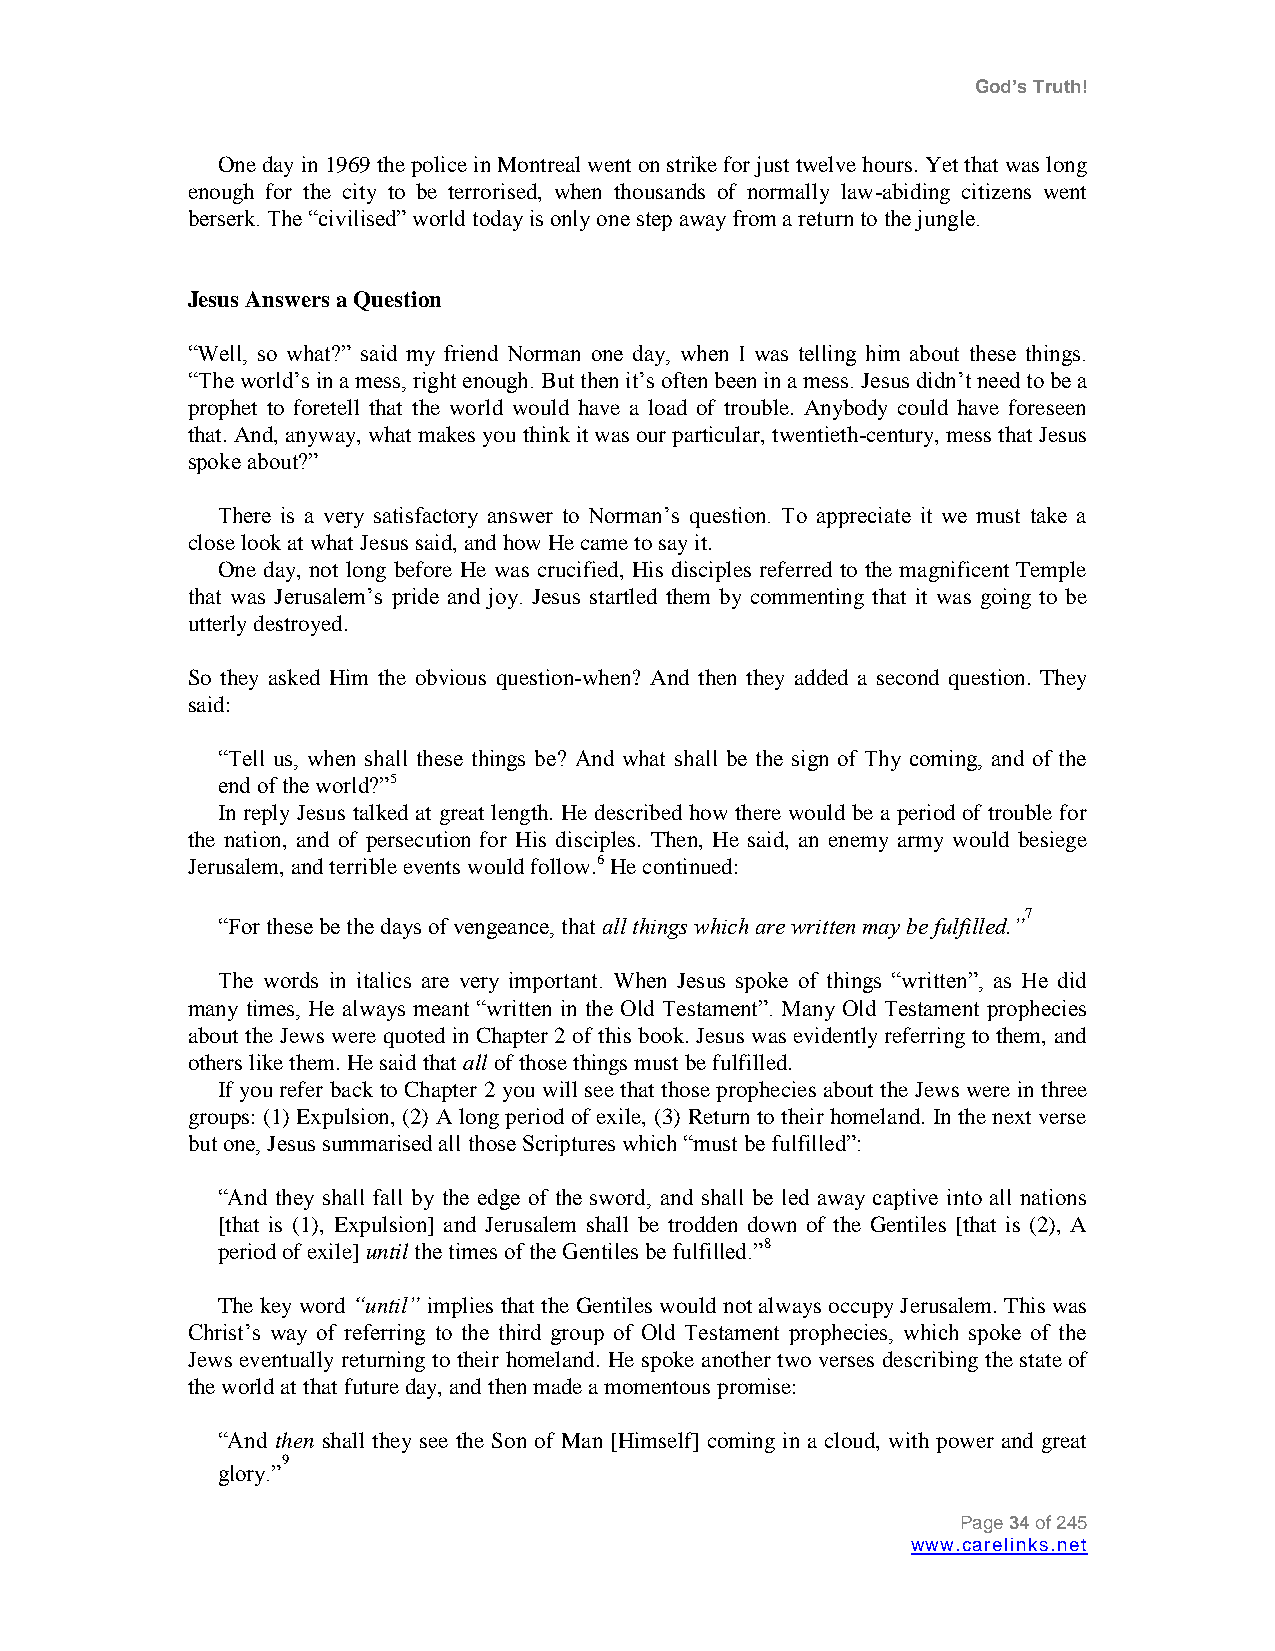
God’s Truth!
 One day in 1969 the police in Montreal went on strike for just twelve hours. Yet that was long
 enough for the city to be terrorised, when thousands of normally law-abiding citizens went
 berserk. The “civilised” world today is only one step away from a return to the jungle.
 Jesus Answers a Question
 “Well, so what?” said my friend Norman one day, when I was telling him about these things.
 “The world‟s in a mess, right enough. But then it‟s often been in a mess. Jesus didn‟t need to be a
 prophet to foretell that the world would have a load of trouble. Anybody could have foreseen
 that. And, anyway, what makes you think it was our particular, twentieth-century, mess that Jesus
 spoke about?”
 There is a very satisfactory answer to Norman‟s question. To appreciate it we must take a
 close look at what Jesus said, and how He came to say it.
 One day, not long before He was crucified, His disciples referred to the magnificent Temple
 that was Jerusalem‟s pride and joy. Jesus startled them by commenting that it was going to be
 utterly destroyed.
 So they asked Him the obvious question-when? And then they added a second question. They
 said:
 “Tell us, when shall these things be? And what shall be the sign of Thy coming, and of the
 end of the world?”5
 In reply Jesus talked at great length. He described how there would be a period of trouble for
 the nation, and of persecution for His disciples. Then, He said, an enemy army would besiege
 Jerusalem, and terrible events would follow.6 He continued:
 7
 “For these be the days of vengeance, that all things which are written may be fulfilled.”
 The words in italics are very important. When Jesus spoke of things “written”, as He did
 many times, He always meant “written in the Old Testament”. Many Old Testament prophecies
 about the Jews were quoted in Chapter 2 of this book. Jesus was evidently referring to them, and
 others like them. He said that all of those things must be fulfilled.
 If you refer back to Chapter 2 you will see that those prophecies about the Jews were in three
 groups: (1) Expulsion, (2) A long period of exile, (3) Return to their homeland. In the next verse
 but one, Jesus summarised all those Scriptures which “must be fulfilled”:
 “And they shall fall by the edge of the sword, and shall be led away captive into all nations
 [that is (1), Expulsion] and Jerusalem shall be trodden down of the Gentiles [that is (2), A
 period of exile] until the times of the Gentiles be fulfilled.”8
 The key word “until” implies that the Gentiles would not always occupy Jerusalem. This was
 Christ‟s way of referring to the third group of Old Testament prophecies, which spoke of the
 Jews eventually returning to their homeland. He spoke another two verses describing the state of
 the world at that future day, and then made a momentous promise:
 “And then shall they see the Son of Man [Himself] coming in a cloud, with power and great
 9
 glory.”
 Page 34 of 245
 www.carelinks.net